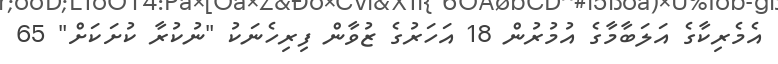
އެމެރިކާގެ އަލަބާމާގެ އުމުރުން 18 އަހަރުގެ ޒުވާން ފިރިހެނަކު "ނުކުރާ ކުށަކަށް" 65